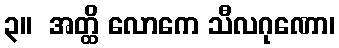
၃။  အတ္ထိ လောကေ သီလဂုဏော၊